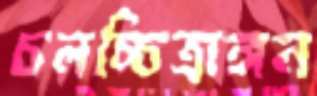
চলচ্চিত্রাঙ্গন